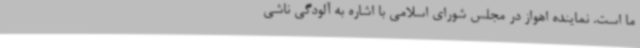
ما است. نماینده اهواز در مجلس شورای اسلامی با اشاره به آلودگی‌ ناشی